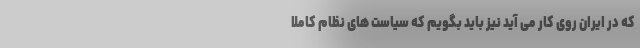
که در ایران روی کار می آید نیز باید بگویم که سیاست های نظام کاملا